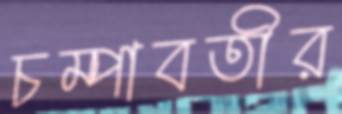
চম্পাবতীর